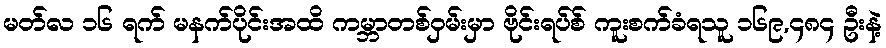
မတ်လ ၁၆ ရက် မနက်ပိုင်းအထိ ကမ္ဘာတစ်ဝှမ်းမှာ ဗိုင်းရပ်စ် ကူးစက်ခံရသူ ၁၆၉,၄၈၄ ဦးနဲ့